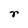
Character: r